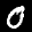
Label: 0